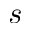
s